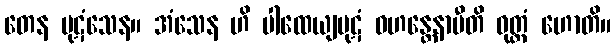
တေန ပုဋံသေန။ အံသေန ဟိ ပါထေယျပုဋံ ဝဟန္တေနာပီတိ ဝုတ္တံ ဟောတိ။